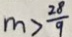
m > \frac { 2 8 } { 9 }